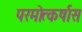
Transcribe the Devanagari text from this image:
परमोत्कर्षास